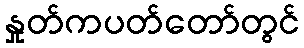
နှုတ်ကပတ်တော်တွင်